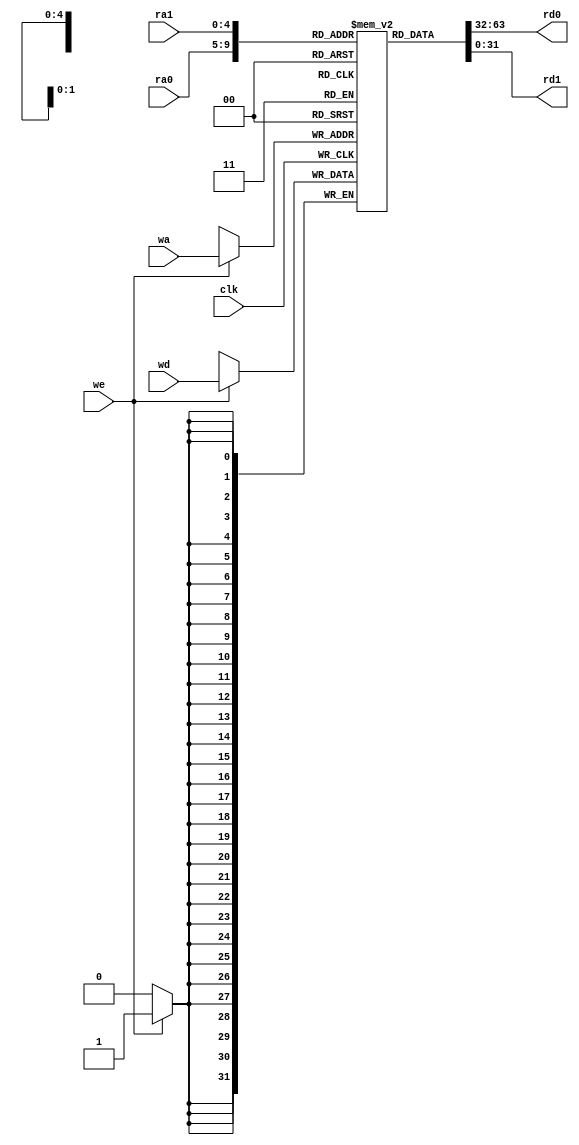
`timescale 1ns / 1ps
//////////////////////////////////////////////////////////////////////////////////
// Company: 
// Engineer: 
// 
// Design Name: 
// Module Name: RegisterFile
// Project Name: 
// Target Devices: 
// Tool Versions: 
// Description: 
// 
// Dependencies: 
// 
// Revision:
// Revision 0.01 - File Created
// Additional Comments:
// 
//////////////////////////////////////////////////////////////////////////////////

//()
module RegisterFile(
        input                clk,            //
        input [4:0]          ra0,ra1,        //
        input [4:0]          wa,             //
        input [31:0]         wd,             //
        input                we,             //

        output  [31:0]    rd0,rd1         //
    );

    reg [31:0] rf [0:31];                    //

    initial begin
                //$readmemh("memory.list",rf);
        rf[ 0]=32'h0000;
        rf[ 1]=32'h0000;
        rf[ 2]=32'h0000;
        rf[ 3]=32'h0000;
        rf[ 4]=32'h0000;
        rf[ 5]=32'h0000;
        rf[ 6]=32'h0000;
        rf[ 7]=32'h0000;
        rf[ 8]=32'h0000;
        rf[ 9]=32'h0000;
        rf[10]=32'h0000;
        rf[11]=32'h0000;
        rf[12]=32'h0000;
        rf[13]=32'h0000;
        rf[14]=32'h0000;
        rf[15]=32'h0000;
        rf[16]=32'h0000;
        rf[17]=32'h0000;
        rf[18]=32'h0000;
        rf[19]=32'h0000;
        rf[20]=32'h0000;
        rf[21]=32'h0000;
        rf[22]=32'h0000;
        rf[23]=32'h0000;
        rf[24]=32'h0000;
        rf[25]=32'h0000;
        rf[26]=32'h0000;
        rf[27]=32'h0000;
        rf[28]=32'h0000;
        rf[29]=32'h0000;
        rf[30]=32'h0000;
        rf[31]=32'h0000;
    end
    assign    rd0=rf[ra0];
    assign    rd1=rf[ra1];

    always @(posedge clk) begin
        if(we) rf[wa] <= wd;                 //
    end 
endmodule